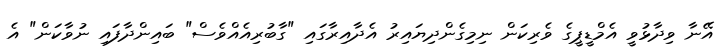
އޭނާ ވިދާޅުވީ އެމްޑީޕީގެ ވެރިކަން ނިމިގެންދިޔައިރު އެދާއިރާގައި "ގާބުރިއެއްވެސް" ބައިންދާފައި ނުވާކަން" އެ